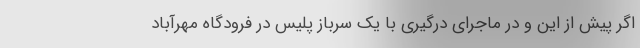
اگر پیش از این و در ماجرای درگیری با یک سرباز پلیس در فرودگاه مهرآباد